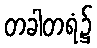
တခါတရံ၌